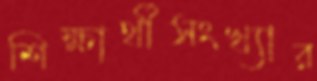
শিক্ষার্থীসংখ্যার